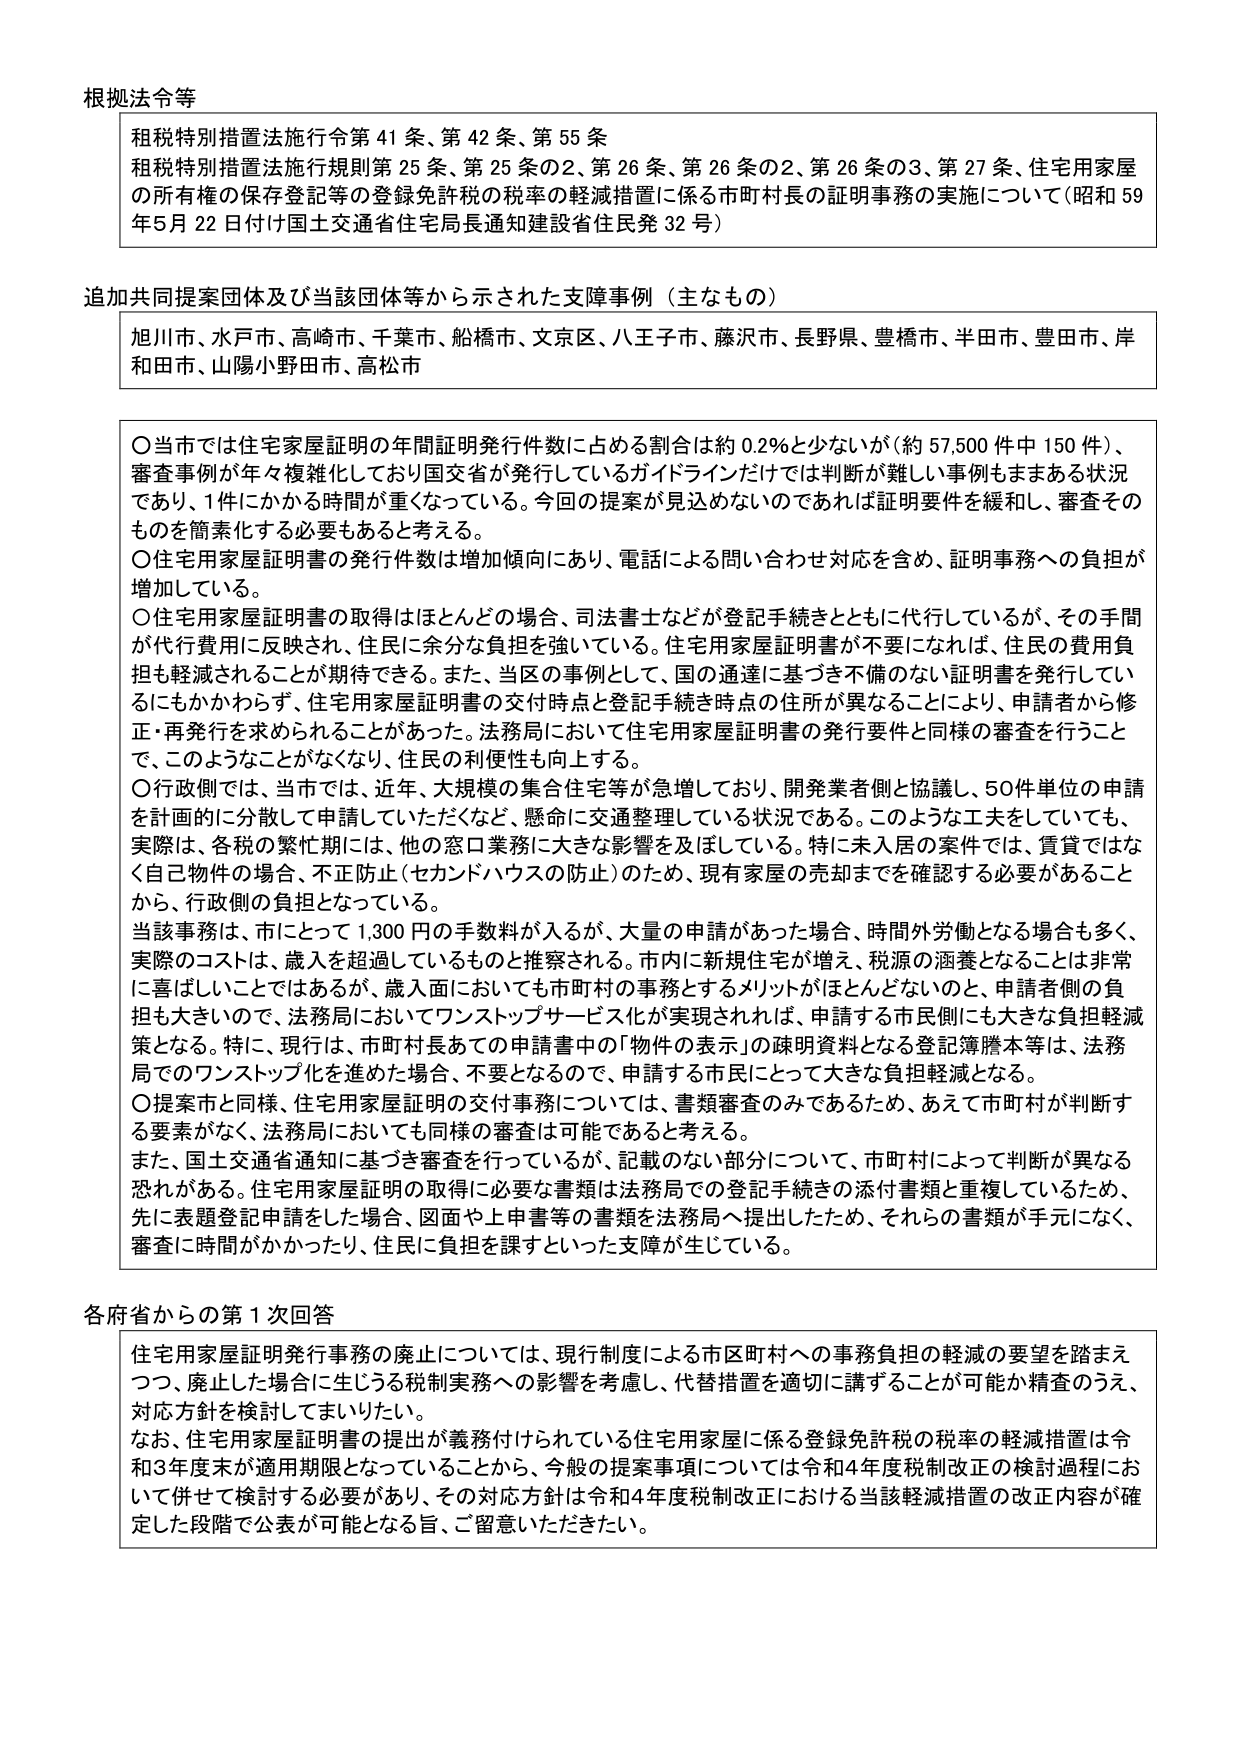
根拠法令等

租税特別措置法施行令第41条、第42条、第55条
租税特別措置法施行規則第25条、第25条の2、第26条、第26条の2、第26条の3、第27条、住宅用家屋
の所有権の保存登記等の登録免許税の税率の軽減措置に係る市町村長の証明事務の実施について（昭和59
年5月22日付け国土交通省住宅局長通知建設省住民発32号）

追加共同提案団体及び当該団体等から示された支援事例（主なもの）

旭川市、水戸市、高崎市、千葉市、船橋市、文京区、八王子市、藤沢市、長野県、豊橋市、半田市、豊田市、岸
和田市、山陽小野田市、高松市

〇当市では住宅家屋証明の年間証明発行件数に占める割合は約0.2％と少ないが（約57,500件中150件）、
審査事例が年々複雑化しており国交省が発行しているガイドラインだけでは判断が難しい事例もままする状況
であり、1件にかかる時間が重くなっている。今回の提案が見込めないのであれば証明要件を緩和し、審査その
ものを簡素化する必要もあると考える。
〇住宅用家屋証明書の発行件数は増加傾向にあり、電話による問い合わせ対応を含め、証明事務への負担が
増加している。
〇住宅用家屋証明書の取得はほとんどの場合、司法書士などが登記手続きとともに代行しているが、その手間
が代行費用に反映され、住民に余分な負担を強いている。住宅用家屋証明書が不要になれば、住民の費用負
担も軽減されることが期待できる。また、当区の事例として、国の通達に基づき不備のない証明書を発行してい
るにもかかわらず、住宅用家屋証明書の交付時点と登記手続き時点の住所が異なることにより、申請者から修
正・再発行を求められることがあった。法務局において住宅用家屋証明書の発行要件と同様の審査を行うこと
で、このようなことがなくなり、住民の利便性も向上する。
〇行政側では、当市では、近年、大規模の集合住宅等が急増しており、開発業者側と協議し、50件単位の申請
を計画的に分散して申請していただくなど、懸命に交通整理している状況である。このような工夫をしていても、
実際は、各税の繁忙期には、他の窓口業務に大きな影響を及ぼしている。特に未入居の案件では、賃貸ではな
く自己物件の場合、不正防止（セカンドハウスの防止）のため、現有家屋の売却までを確認する必要があること
から、行政側の負担となっている。
当該事務は、市にとって1,300円の手数料が入るが、大量の申請があった場合、時間外労働となる場合も多く、
実際のコストは、歳入を超過しているものと推察される。市内に新規住宅が増え、税源の涵養となることは非常
に喜ばしいことであるが、歳入面においても市町村の事務とするメリットがほとんどないのと、申請者側の負
担も大きいので、法務局においてワンストップサービス化が実現されれば、申請する市民側にも大きな負担軽減
策となる。特に、現行は、市町村長あての申請書中の「物件の表示」の疎明資料となる登記簿謄本等は、法務
局でのワンストップ化を進めた場合、不要となるので、申請する市民にとって大きな負担軽減となる。
〇提案市と同様、住宅用家屋証明の交付事務については、書類審査のみであるため、あえて市町村が判断す
る要素がなく、法務局においても同様の審査は可能であると考える。
また、国土交通省通知に基づき審査を行っているが、記載のない部分について、市町村によって判断が異なる
恐れがある。住宅用家屋証明の取得に必要な書類は法務局での登記手続きの添付書類と重複しているため、
先に表題登記申請をした場合、図面や上申書等の書類を法務局へ提出したため、それらの書類が手元になく、
審査に時間がかかったり、住民に負担を課すといった支障が生じている。

各府省からの第1次回答

住宅用家屋証明発行事務の廃止については、現行制度による市区町村への事務負担の軽減の要望を踏まえ
つつ、廃止した場合に生じうる税制実務への影響を考慮し、代替措置を適切に講ずることが可能か精査のうえ、
対応方針を検討してまいりたい。
なお、住宅用家屋証明書の提出が義務付けられている住宅用家屋に係る登録免許税の税率の軽減措置は令
和3年度末で適用期限となっていて、このことから、今般の提案事項については令和4年度税制改正の検討過程にお
いて併せて検討する必要があり、その対応方針は令和4年度税制改正における当該軽減措置の改正内容が確
定した段階で公表が可能となる旨、ご留意いただきたい。